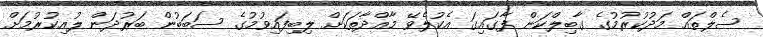
ސެލްތައް މަދުކުރުމުގެ ގާބިލްކަން ފާގައިގަ އެކުލެވޭ މާއްދާތަކަށް ލިބިފައިވުމުގެ ސަބަބުން ބަރުދަން ލުއިކުރުމަށް